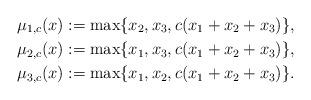
LaTeX: \begin{align*}\mu_{1,c}(x) := \max\{x_2,x_3,c(x_1+x_2+x_3)\}, \\\mu_{2,c}(x) := \max\{x_1,x_3,c(x_1+x_2+x_3)\}, \\\mu_{3,c}(x) := \max\{x_1,x_2,c(x_1+x_2+x_3)\}.\end{align*}